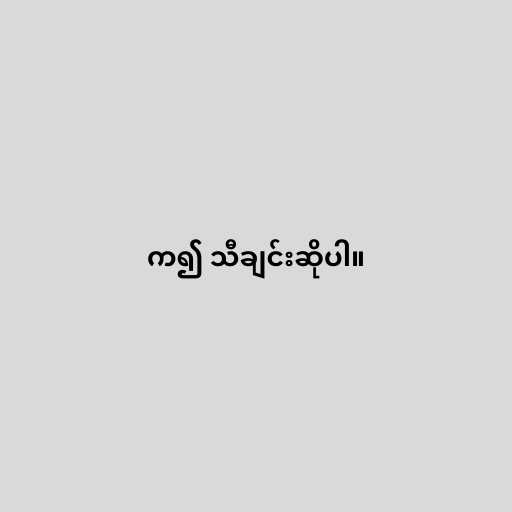
က၍ သီချင်းဆိုပါ။